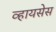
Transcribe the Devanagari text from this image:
व्हायसेस